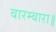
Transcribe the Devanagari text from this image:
बारम्बारा॥